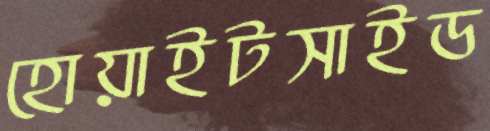
হোয়াইটসাইড